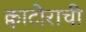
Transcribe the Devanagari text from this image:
क्वाटोराची